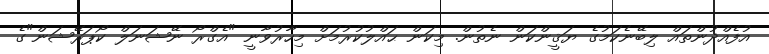
އުފެއްދުންތައް ލިބޭނެކަމުގެ ޔަޤީންކަން ނެތުން. މިކަން ޙައްލުކުރުމަށް މިހާރުވާނީ "އެގްރޯ ނޭޝަނަލް ކޯޕަރޭޝަން"ގެ